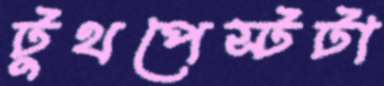
টুথপেস্টটা